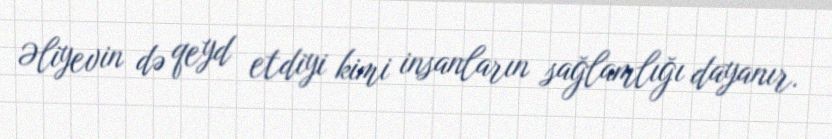
Əliyevin də qeyd etdiyi kimi insanların sağlamlığı dayanır.